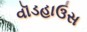
વૉડહાઉસ